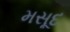
મસૂદ